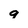
Character: g